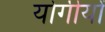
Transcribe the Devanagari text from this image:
योगीयों